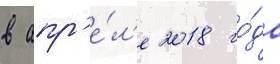
в апр'е́л'е 2018 го́да